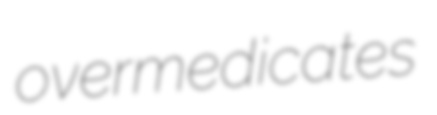
overmedicates